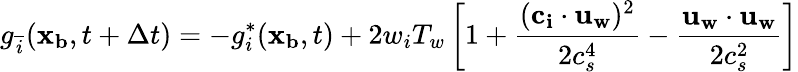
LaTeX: g_{\overline{{i}}}(\mathbf{x_{b}},t+\Delta t)=-g_{i}^{*}(\mathbf{x_{b}},t)+2w_{i}T_{w}\left[1+\frac{(\mathbf{c_{i}}\cdot\mathbf{u_{w}})^{2}}{2c_{s}^{4}}-\frac{\mathbf{u_{w}}\cdot\mathbf{u_{w}}}{2c_{s}^{2}}\right]